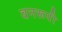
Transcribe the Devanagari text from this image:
वनरूपी